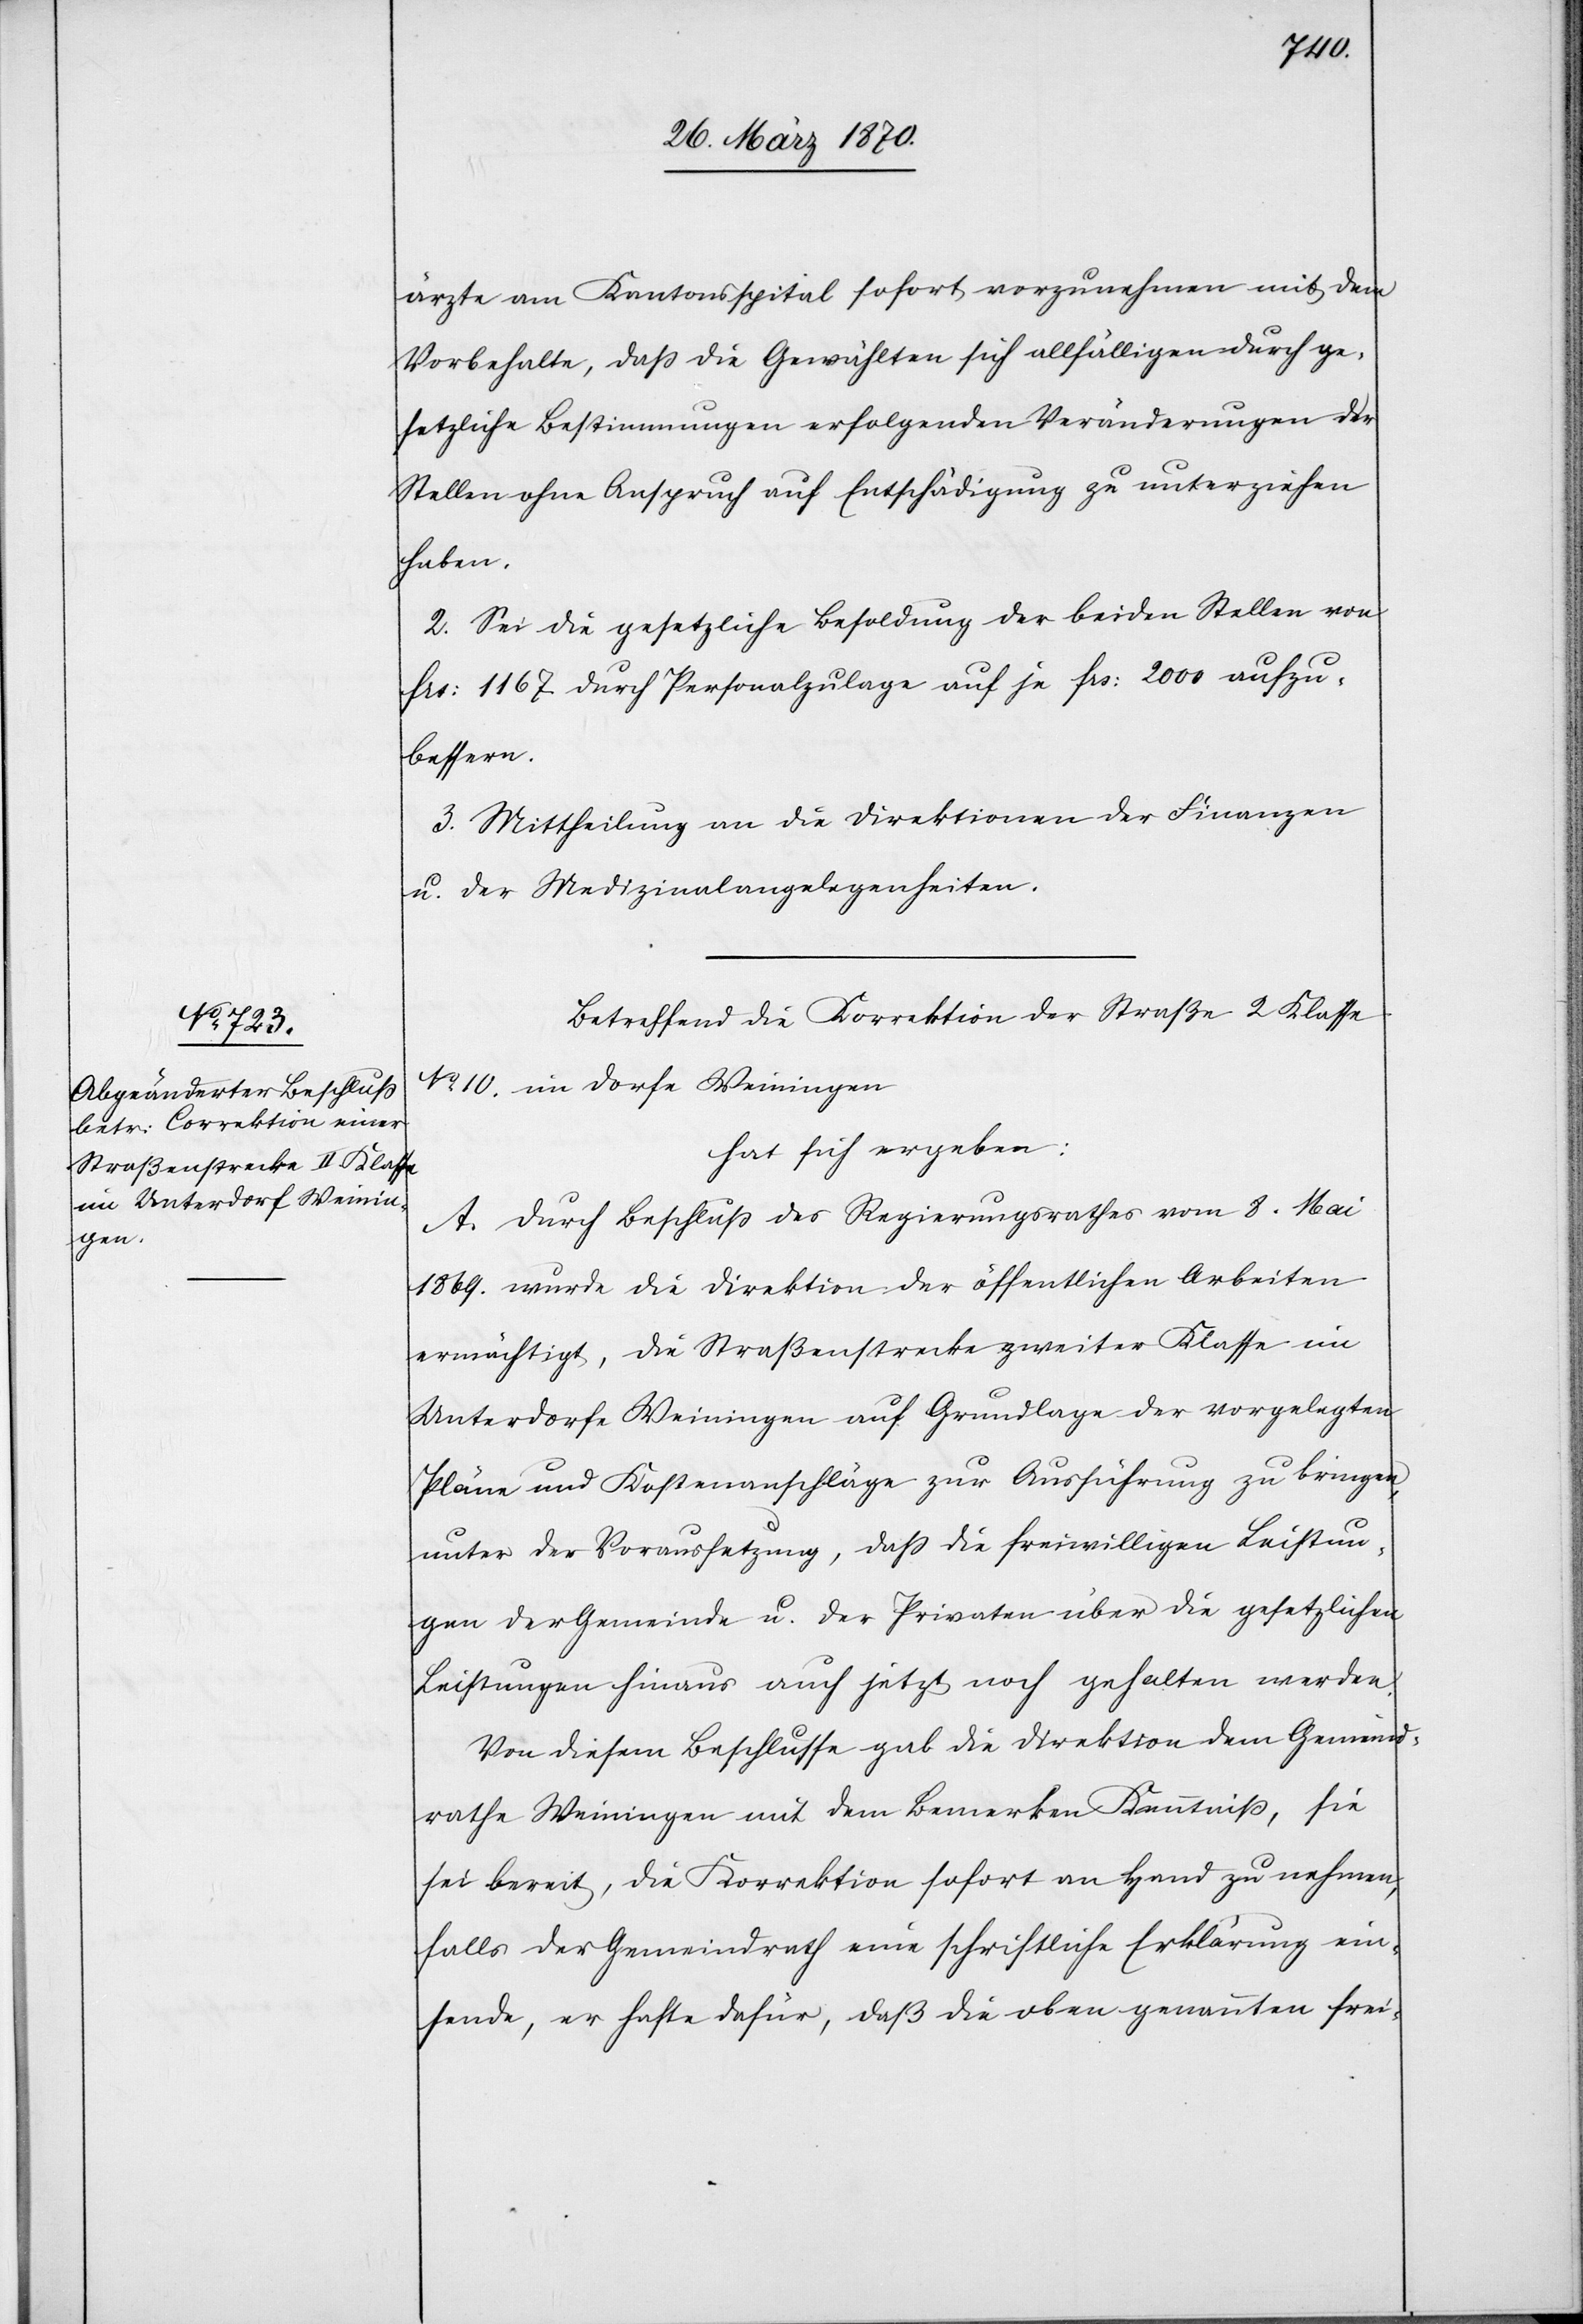
ärzte am Kantonsspital sofort vorzunehmen mit dem
Vorbehalte, daß die Gewählten sich allfälligen durch ge¬
setzliche Bestimmungen erfolgenden Veränderungen der
Stellen ohne Anspruch auf Entschädigung zu unterziehen
haben.
2. Sei die gesetzliche Besoldung der beiden Stellen von
frs: 1167 durch Personalzulage auf je frs: 2000 aufzu¬
bessern.
3. Mittheilung an die Direktionen der Finanzen
u. der Medizinalangelegenheiten.
Betreffend die Korrektion der Straße 2 Klasse
No 10. im Dorfe Weiningen
hat sich ergeben:
A. Durch Beschluß des Regierungsrathes vom 8. Mai
1869. wurde die Direktion der öffentlichen Arbeiten
ermächtigt, die Straßenstrecke zweiter Klasse im
Unterdorfe Weiningen auf Grundlage der vorgelegten
Pläne und Kostenanschläge zur Ausführung zu bringen,
unter der Voraussetzung, daß die freiwilligen Leistun¬
gen der Gemeinde u. der Privaten über die gesetzlichen
Leistungen hinaus auch jetzt noch gehalten werden.
Von diesem Beschlusse gab die Direktion dem Gemeind¬
rathe Weiningen mit dem Bemerken Kenntniß, sie
sei bereit, die Korrektion sofort an Hand zu nehmen,
falls der Gemeindrath eine schriftliche Erklärung ein¬
sende, er hafte dafür, daß die oben genannten frei-